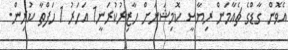
އެވޮން ގާޑްގެ ޗެއާމަން ރިޔާސީ ކޮމިޝަނަށް ހާޒިރުކުރަނީ1 އަހަރު 1 ހަފްތާ ކުރިން.